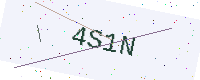
Text: 4S1N